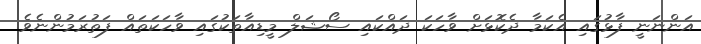
އަންނަނީ ފާޅުގައި އެކަމާ ދެކޮޅަށް ވާހަކަ ދައްކައި ސޯޝަލް މީޑިއާތަކުގައި ވާހަކަތައް ފަތުރަމުންނެވެ.